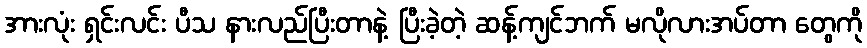
အားလုံး ရှင်းလင်း ပီသ နားလည်ပြီးတာနဲ့ ပြီးခဲ့တဲ့ ဆန့်ကျင်ဘက် မလိုလားအပ်တာ တွေကို